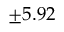
\pm 5 . 9 2 \